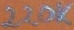
Text: 220K